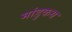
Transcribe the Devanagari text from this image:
मांडुकय